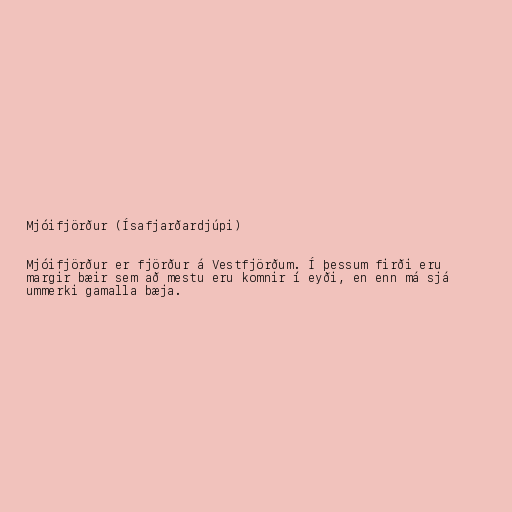
Mjóifjörður (Ísafjarðardjúpi)

Mjóifjörður er fjörður á Vestfjörðum. Í þessum firði eru
margir bæir sem að mestu eru komnir í eyði, en enn má sjá
ummerki gamalla bæja.